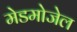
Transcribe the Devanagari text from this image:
मेडमोजेल